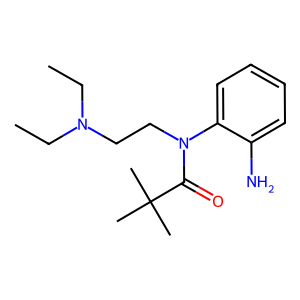
SMILES: CCN(CC)CCN(C(=O)C(C)(C)C)c1ccccc1N
Inhibits HIV replication: No